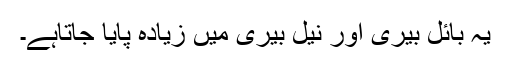
یہ بائل بیری اور نیل بیری میں زیادہ پایا جاتاہے۔